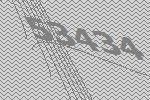
53434